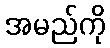
အမည်ကို